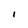
Character: 1